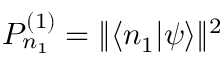
P _ { n _ { 1 } } ^ { ( 1 ) } = \| \langle n _ { 1 } | \psi \rangle \| ^ { 2 }